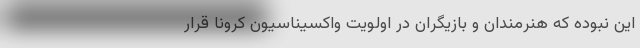
این نبوده که هنرمندان و بازیگران در اولویت واکسیناسیون کرونا قرار